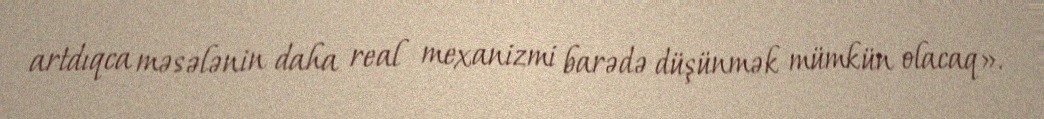
artdıqca məsələnin daha real mexanizmi barədə düşünmək mümkün olacaq».